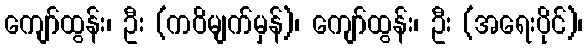
ကျော်ထွန်း၊ ဦး (ကဝိမျက်မှန်)၊ ကျော်ထွန်း၊ ဦး (အရေးပိုင်)၊